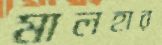
মালহার